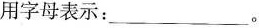
用字母表示：___ 。